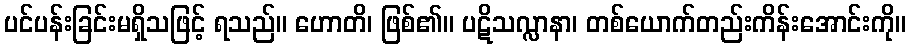
ပင်ပန်းခြင်းမရှိသဖြင့် ရသည်။ ဟောတိ၊ ဖြစ်၏။ ပဋိသလ္လာနာ၊ တစ်ယောက်တည်းကိန်းအောင်းကို။